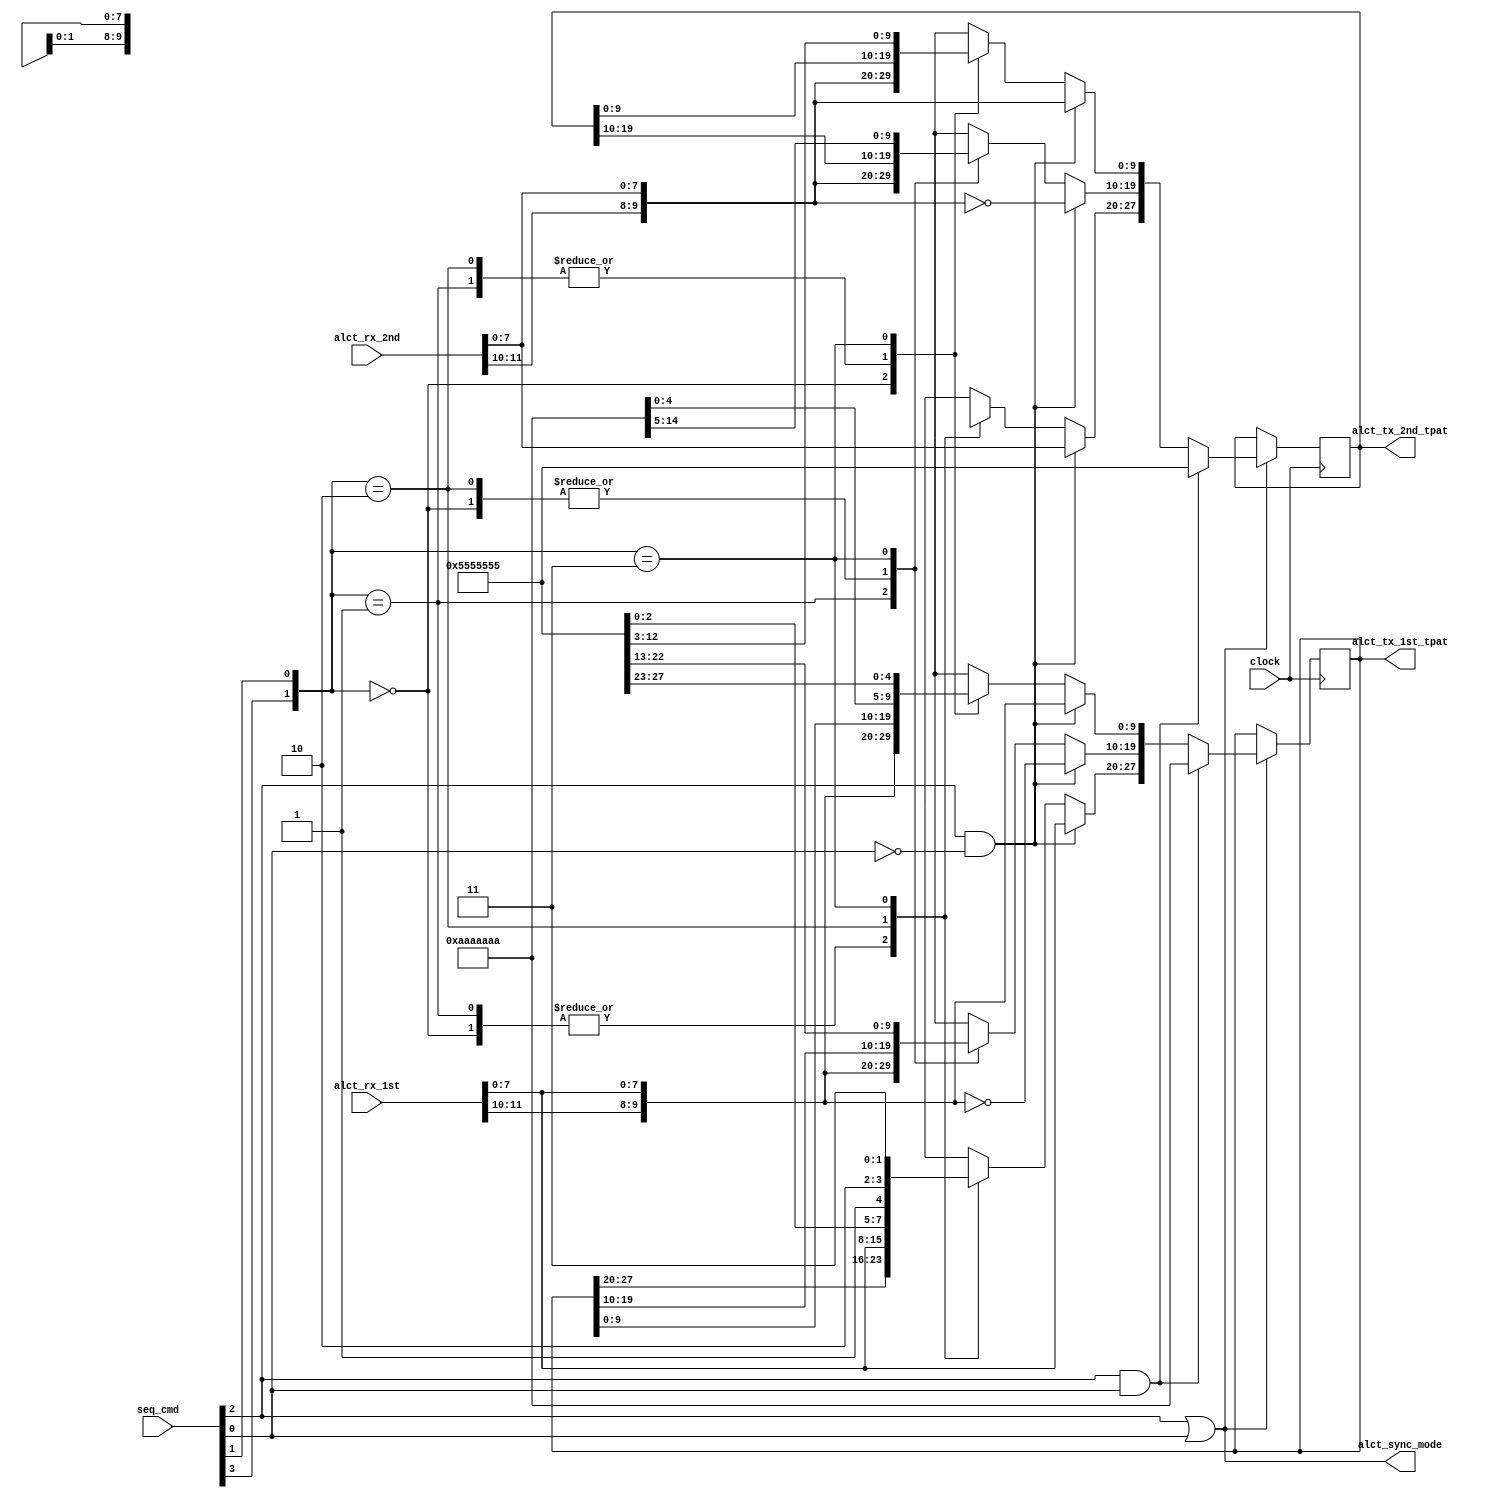
// This  Verilog HDL  source  file was  automatically generated
// by C++ model based on VPP library. Modification of this file
// is possible, but if you want to keep it in sync with the C++
// model,  please  modify  the model and re-generate this file.
// VPP library web-page: http://www.phys.ufl.edu/~madorsky/vpp/

// Timestamp : Tue Apr 19 16:45:23 2022

module loopback
(
    seq_cmd,
    alct_rx_1st,
    alct_rx_2nd,
    alct_tx_1st_tpat,
    alct_tx_2nd_tpat,
    alct_sync_mode,
    clock
);

    input [3:0] seq_cmd;
    input [16:5] alct_rx_1st;
    input [16:5] alct_rx_2nd;
    output [28:1] alct_tx_1st_tpat;
    output [28:1] alct_tx_2nd_tpat;
    output alct_sync_mode;
    input clock;

    wire alct_sync_teventodd;
    wire alct_sync_random_loop;
    wire alct_sync_random;
    reg [28:1] alct_tx_1st_tpat;
    reg [28:1] alct_tx_2nd_tpat;
    wire [28:1] alct_rng_1st;
    wire [28:1] alct_rng_2nd;
    wire [1:0] alct_sync_adr;
    wire [9:0] alct_rx_1st_tpat;
    wire [9:0] alct_rx_2nd_tpat;
    assign alct_sync_mode = seq_cmd[2] | seq_cmd[0];
    assign alct_sync_teventodd = seq_cmd[2] & seq_cmd[0];
    assign alct_sync_random_loop = seq_cmd[2] & (!seq_cmd[0]);
    assign alct_sync_adr = {seq_cmd[3], seq_cmd[1]};
    assign alct_sync_random = (seq_cmd[3] & seq_cmd[1]) && alct_sync_mode;
    assign alct_rx_1st_tpat[9:0] = {alct_rx_1st[16:15], alct_rx_1st[12:5]};
    assign alct_rx_2nd_tpat[9:0] = {alct_rx_2nd[16:15], alct_rx_2nd[12:5]};
    always @(posedge clock) 
    begin
        if (alct_sync_mode) 
        begin
            if (alct_sync_teventodd) 
            begin
                alct_tx_1st_tpat[28:1] = 28'd178956970;
                alct_tx_2nd_tpat[28:1] = 28'd89478485;
            end
            else if (alct_sync_random_loop) 
            begin
                alct_tx_1st_tpat[10:1] = alct_rx_1st_tpat[9:0];
                alct_tx_1st_tpat[20:11] = ~alct_rx_1st_tpat[9:0];
                alct_tx_1st_tpat[28:21] = alct_rx_1st_tpat[7:0];
                alct_tx_2nd_tpat[10:1] = alct_rx_2nd_tpat[9:0];
                alct_tx_2nd_tpat[20:11] = ~alct_rx_2nd_tpat[9:0];
                alct_tx_2nd_tpat[28:21] = alct_rx_2nd_tpat[7:0];
            end
            else 
            begin
                case (alct_sync_adr[1:0])
                    2'd0 : 
                    begin
                        alct_tx_1st_tpat[10:1] = alct_rx_1st_tpat[9:0];
                        alct_tx_2nd_tpat[10:1] = alct_rx_2nd_tpat[9:0];
                    end
                    2'd1 : 
                    begin
                        alct_tx_1st_tpat[20:11] = alct_rx_1st_tpat[9:0];
                        alct_tx_2nd_tpat[20:11] = alct_rx_2nd_tpat[9:0];
                    end
                    2'd2 : 
                    begin
                        alct_tx_1st_tpat[28:21] = alct_rx_1st_tpat[7:0];
                        alct_tx_2nd_tpat[28:21] = alct_rx_2nd_tpat[7:0];
                    end
                    2'd3 : 
                    begin
                        alct_tx_1st_tpat[28:1] = alct_rng_1st[28:1];
                        alct_tx_2nd_tpat[28:1] = alct_rng_2nd[28:1];
                    end
                endcase
            end
        end
    end
endmodule